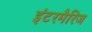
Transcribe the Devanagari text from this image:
इंटरमैरिज